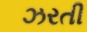
ઝરતી